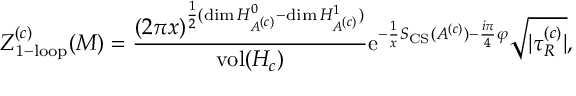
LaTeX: Z _ { \mathrm { 1 - l o o p } } ^ { ( c ) } ( M ) = { \frac { ( 2 \pi x ) ^ { { \frac { 1 } { 2 } } ( \mathrm { d i m } \, H _ { A ^ { ( c ) } } ^ { 0 } - \mathrm { d i m } \, H _ { A ^ { ( c ) } } ^ { 1 } ) } } { \mathrm { v o l } ( H _ { c } ) } } \mathrm { e } ^ { - { \frac { 1 } { x } } S _ { \mathrm { C S } } ( A ^ { ( c ) } ) - { \frac { i \pi } { 4 } } \varphi } { \sqrt { | \tau _ { R } ^ { ( c ) } | } } ,